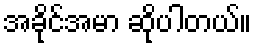
အခိုင်အမာ ဆိုပါတယ်။